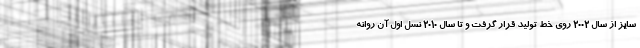
سایز از سال 2002 روی خط تولید قرار گرفت و تا سال 2010 نسل اول آن روانه